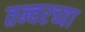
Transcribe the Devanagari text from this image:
तन्वरच्या